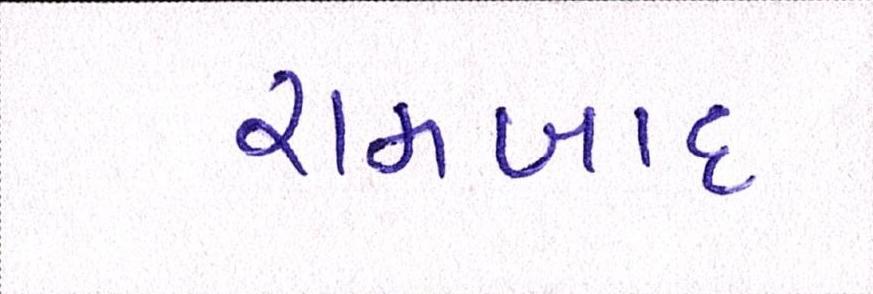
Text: રામબાદ